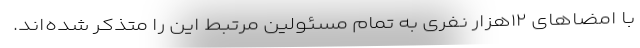
با امضاهای ۱۲هزار نفری به تمام مسئولین مرتبط این را متذکر شده‌اند.